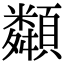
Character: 𩕔